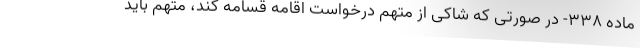
ماده ۳۳۸- در صورتی که شاکی از متهم درخواست اقامه قسامه کند، متهم باید